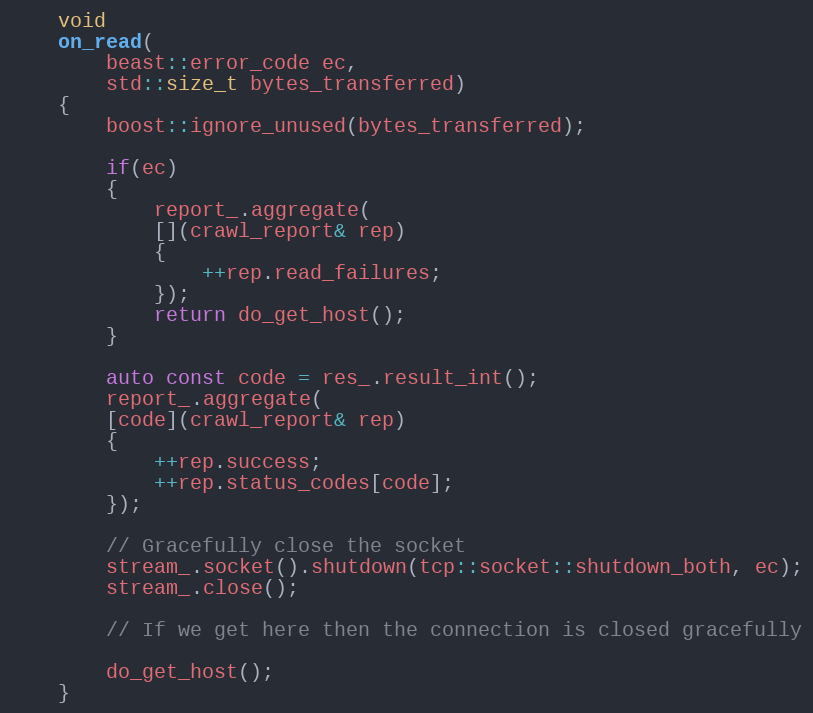
Language: C++
    void
    on_read(
        beast::error_code ec,
        std::size_t bytes_transferred)
    {
        boost::ignore_unused(bytes_transferred);

        if(ec)
        {
            report_.aggregate(
            [](crawl_report& rep)
            {
                ++rep.read_failures;
            });
            return do_get_host();
        }

        auto const code = res_.result_int();
        report_.aggregate(
        [code](crawl_report& rep)
        {
            ++rep.success;
            ++rep.status_codes[code];
        });

        // Gracefully close the socket
        stream_.socket().shutdown(tcp::socket::shutdown_both, ec);
        stream_.close();

        // If we get here then the connection is closed gracefully

        do_get_host();
    }